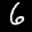
Label: 6